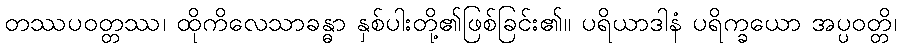
တဿပဝတ္တဿ၊ ထိုကိလေသာခန္ဓာ နှစ်ပါးတို့၏ဖြစ်ခြင်း၏။ ပရိယာဒါနံ ပရိက္ခယော အပ္ပဝတ္တိ၊